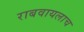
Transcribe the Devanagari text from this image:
राबवायलाच